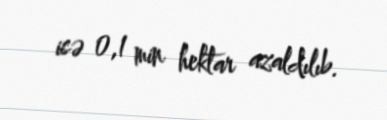
isə 0,1 min hektar azaldılıb.